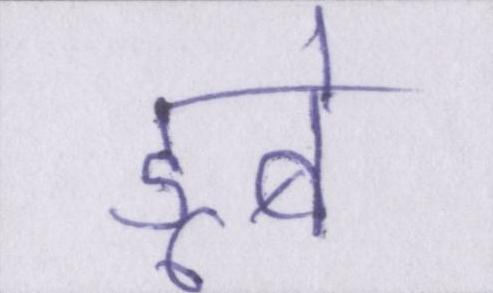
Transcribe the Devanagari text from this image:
डूबे